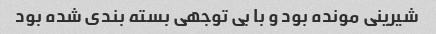
شیرینی مونده بود و با بی توجهی بسته بندی شده بود